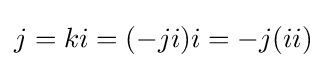
j=ki=(-ji)i=-j(ii)